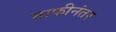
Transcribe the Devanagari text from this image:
माफीनंतर